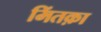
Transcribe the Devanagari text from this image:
मिंतक़ा